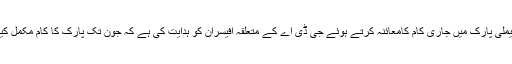
23 اپریل2018ء) وزیر اعلیٰ گلگت بلتستان حافظ حفیظ الرحمن نے چنار باغ ایریا میں زیر تعمیر فیملی پارک میں جاری کام کامعائنہ کرتے ہوئے جی ڈی اے کے متعلقہ آفیسران کو ہدایت کی ہے کہ جون تک پارک کا کام مکمل کیاجائے اور پارک کی دیکھ بال اور تزائن و آرائش کا خیال رکھنے کیلئے جامع پلان وضع کیا جائے۔